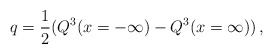
\begin{align*}q = {1 \over 2}( Q^3(x= -\infty) - Q^3(x= \infty))\,,\end{align*}